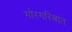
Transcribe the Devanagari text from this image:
गोरगरिबांत